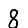
Digit: 8